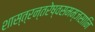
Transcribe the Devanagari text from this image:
शास्त्रन्तरेष्वसमम्जसानि